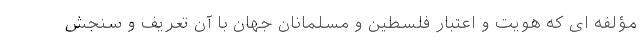
مؤلفه ای که هویت و اعتبارِ فلسطین و مسلمانان جهان با آن تعریف و سنجش